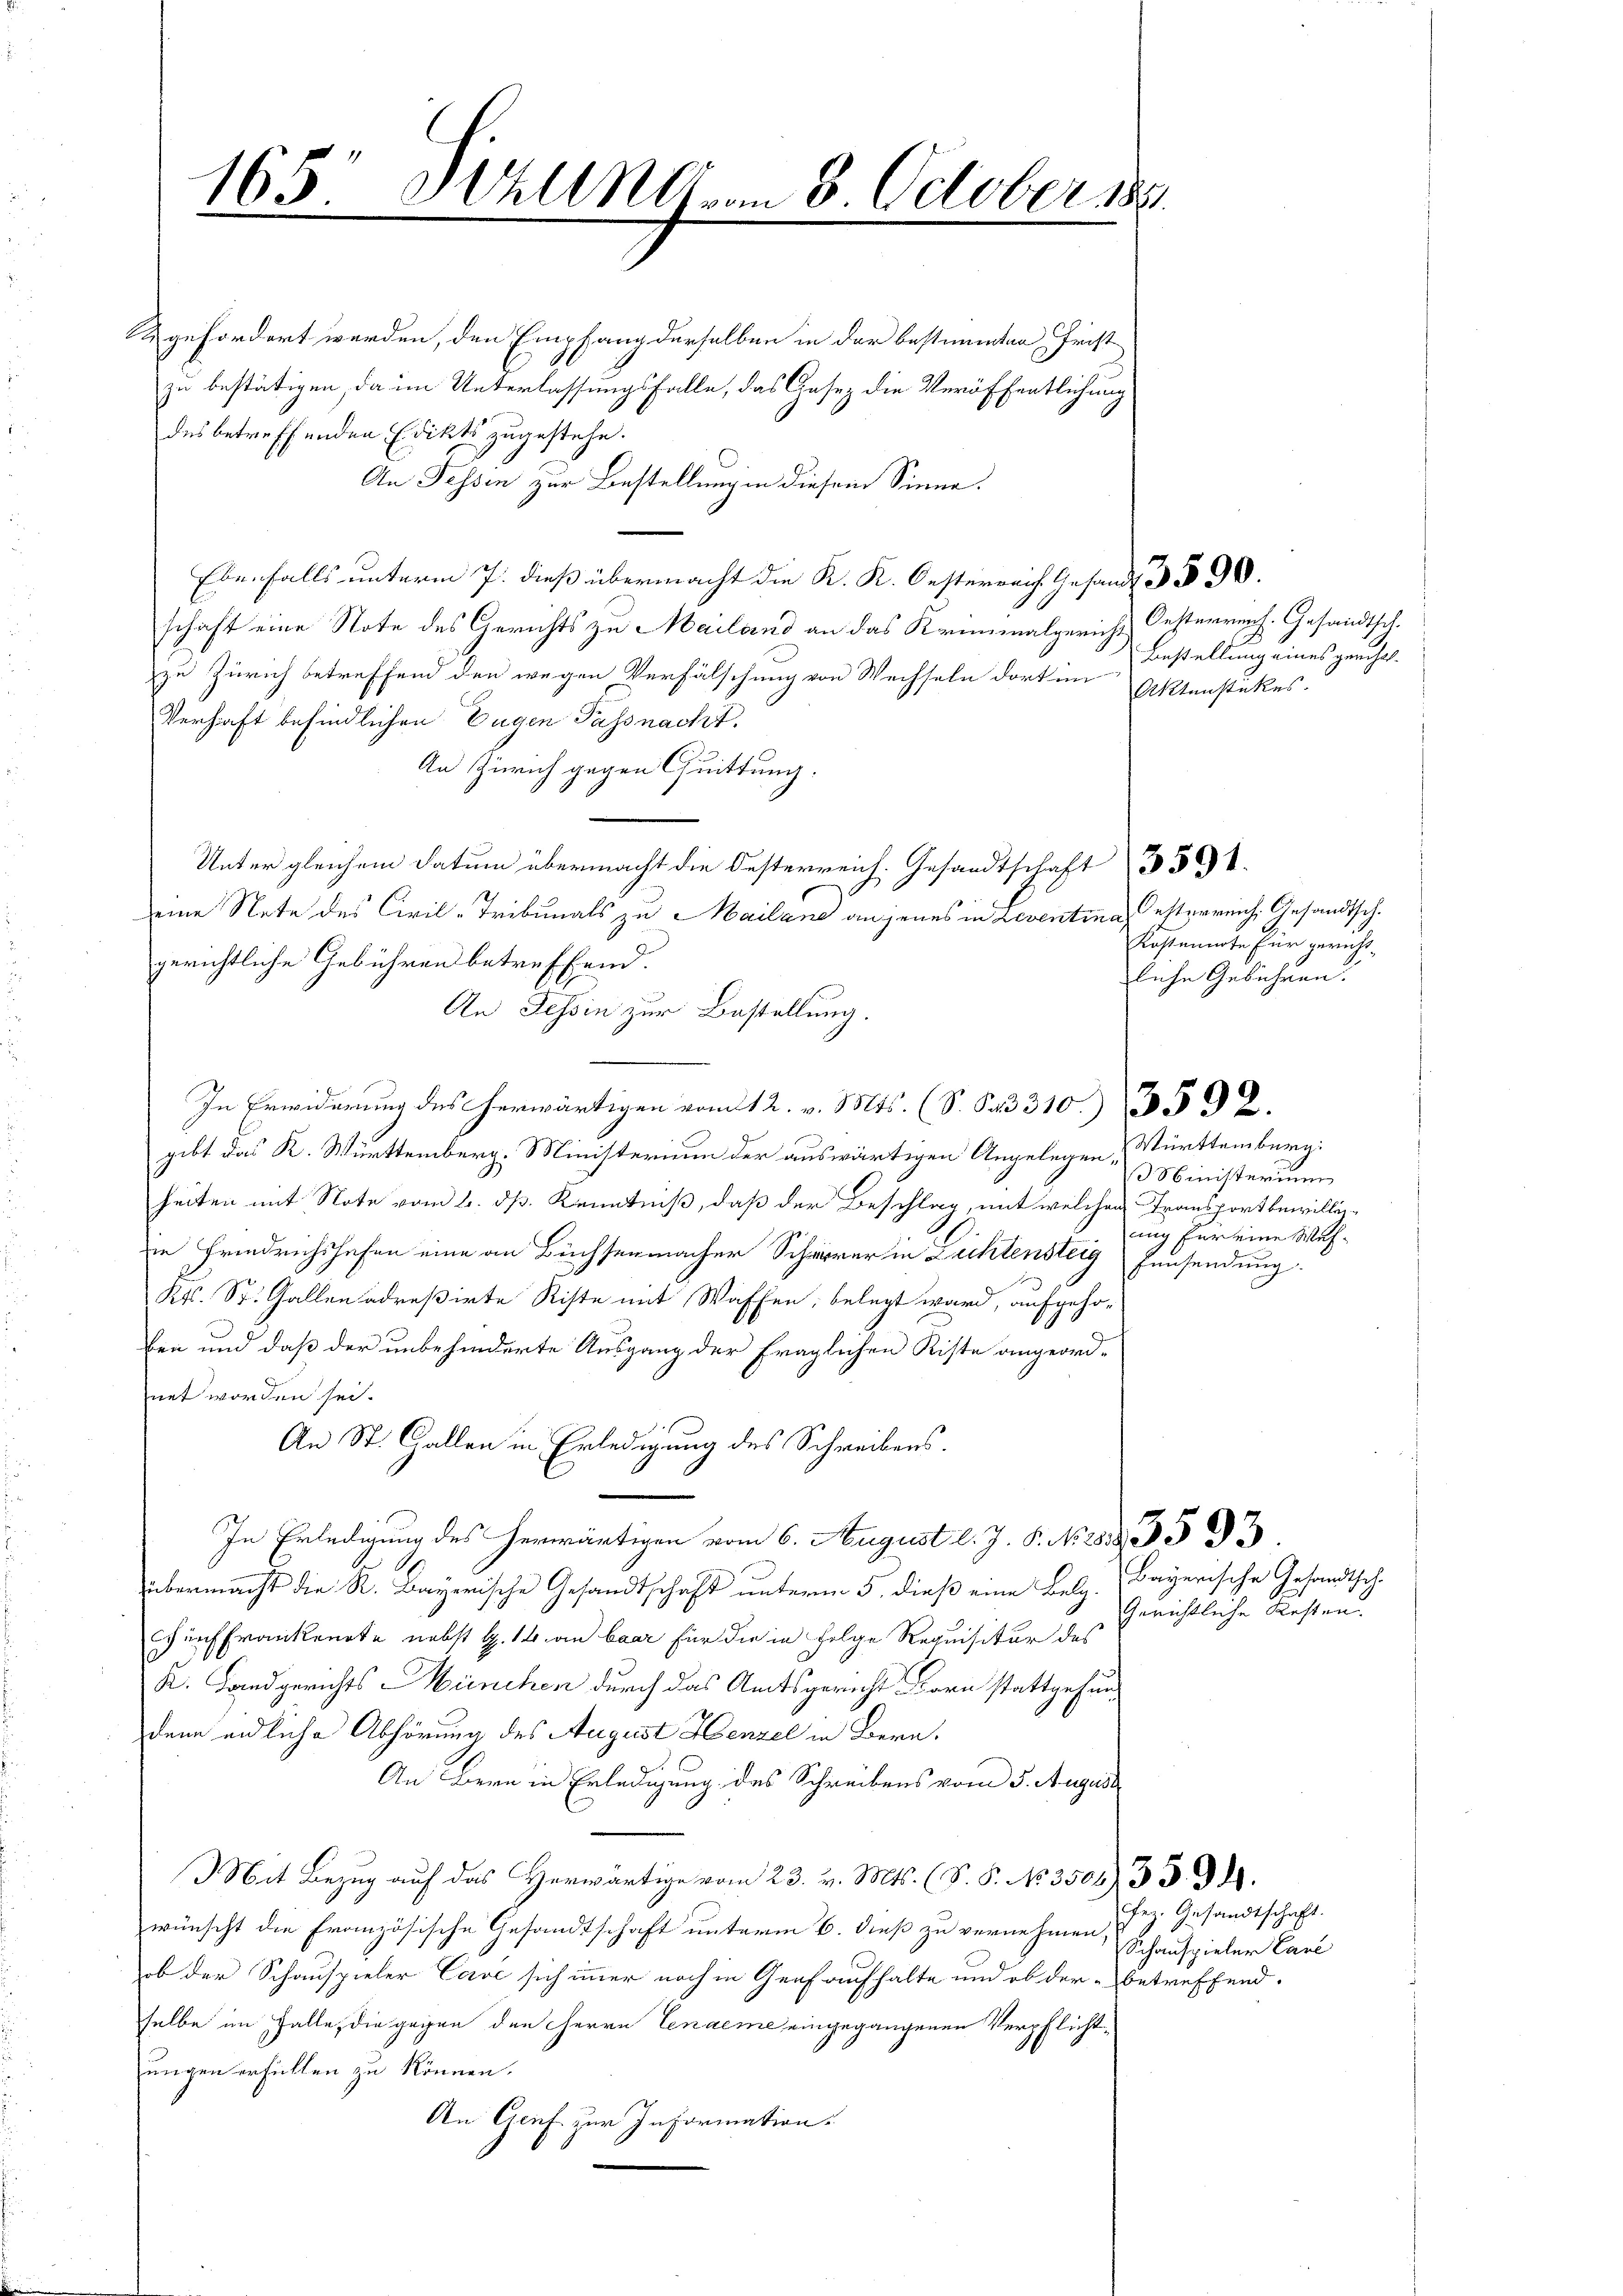
gefordert werden, den Empfang derselben in der bestimmten Fristzu bestätigen, da im Unterlassungsfalle, das Gesez die Veröffentlichung
des betreffenden Edikts zugestehe.
An Fessen zur Bestellung in diesem Sinne.
....
schaft eine Note des Gerichts zu Mailand an das Kriminalgericht Oesterrenf. Gesandtsch.
zu Zürich betreffend den wegen Verfälschung von Wechseln dort im
Verhaft befindlichen Eugen Passnacht.
An Zürich gegen Quittung.
Unter gleichem Datum übermacht die Oesterreich. Gesandtschaft 3501
seine Note des Civil-Tribunals zu Mailane an jenes in Leventina, Österreich, Gesandtsch.
gerichtliche Gebühren betreffend.
An Tessin zur Bestellung.
In Erwiderung des herwärtigen vom 12. v. Mts. (S. S. 310. 592.
gibt das K. Württemberg, Ministerium der auswärtigen Angelegen Württemberg:
heiten mit Note vom 2. ds. Kenntniß, daß der Beschlag, mit welchen Transport bewilligin Friedrichshofen eine an Büchsenmacher Schwerer in Lichtensteig Einsendung.
Kts. St. Gallen adreßirte Riste mit Waffen, belegt ward, aufgehoben und daß der unbehinderte Ausgang der fraglichen Riste angeord-
net worden sei.
An St. Gallen in Erledigung des Schreibens.
In Erledigung des herwärtigen vom 6. August l. J. P. No. 288. 593
übermacht die K. Bayerische Gesandtschaft unterm 5. dieß eine Belg. (Bayerische Gesandtsch.
Eurch Frankennte nebst G. 14. an baar für die in Folge Requisitur des
K. Landgerichts München durch das Amtsgericht Born stattgefunden endliche Abhörung des August Henzel in Bern,
An Bern in Erledigung des Schreibens vom 5. August
z   23. v. Mts. (S. S. No. 35013 S. 34.
wünscht die Französische Gesandtschaft unterm 6. dieß zu vernehmen,
ob der Schauspieler Cave sich immer noch in Genf aufhalte und ob der betreffend.
selbe im Falle, die gegen den Herrn Tendeme eingegangenen Verpflichtungen erfüllen zu können.
An Genf zur Information.

165, Wall als vom 8. October 189

Bestellung eines gericht
Aktenstückes.

Kostennote für gericht-
lehe Gebühren.

Ministerium
ung her eine Weh¬

Gerichtliche Resten.

ez. Gesandtschaft.
Schauspieler Carl